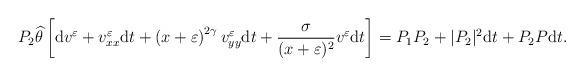
LaTeX: \begin{align*}P_2\widehat\theta \left[{\rm d}v^\varepsilon+v^\varepsilon_{xx}{\rm d}t+\left(x+\varepsilon\right)^{2\gamma}v^\varepsilon_{yy}{\rm d}t+\frac{\sigma}{(x+\varepsilon)^2}v^\varepsilon{\rm d}t\right]= P_1 P_2+| P_2|^2{\rm d}t+ P_2 P{\rm d}t.\end{align*}